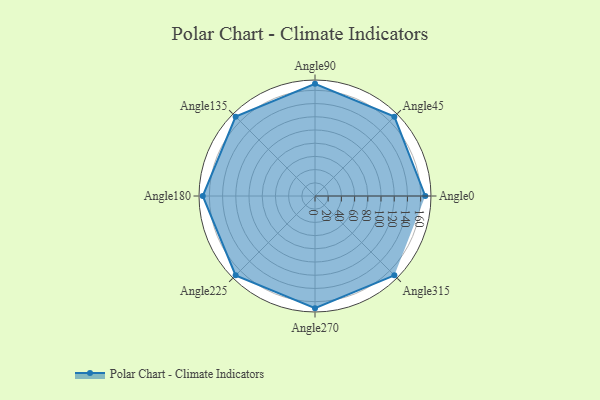
{"axis": {"x": "Angle", "y": "Radius"}, "legend": [""], "data": [{"x": "Angle0", "y": 167.0, "type": ""}, {"x": "Angle45", "y": 170.0, "type": ""}, {"x": "Angle90", "y": 170, "type": ""}, {"x": "Angle135", "y": 170, "type": ""}, {"x": "Angle180", "y": 170, "type": ""}, {"x": "Angle225", "y": 170, "type": ""}, {"x": "Angle270", "y": 170, "type": ""}, {"x": "Angle315", "y": 170, "type": ""}]}